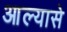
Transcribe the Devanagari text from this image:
आल्यासे